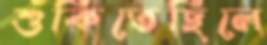
শুঁকিতেছিলে